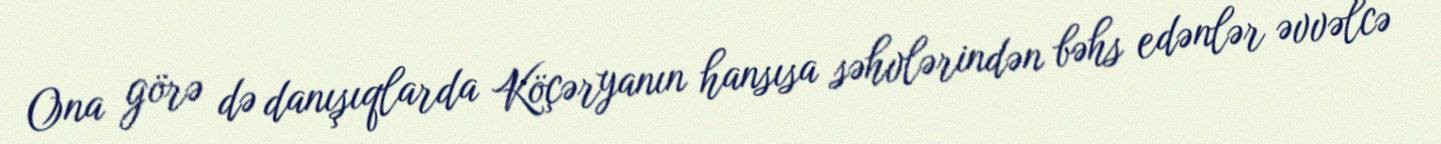
Ona görə də danışıqlarda Köçəryanın hansısa səhvlərindən bəhs edənlər əvvəlcə